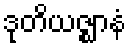
ဒုတိယဇ္ဈာနံ